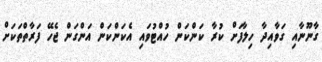
ގާނޫނާއި ގަވާއިދާ ހިލާފަށް ކުރާ ކަންކަން ހުއްޓުވައި އެކަންކަން އަންގަން ޖެހޭ ފަރާތްތަކަށް